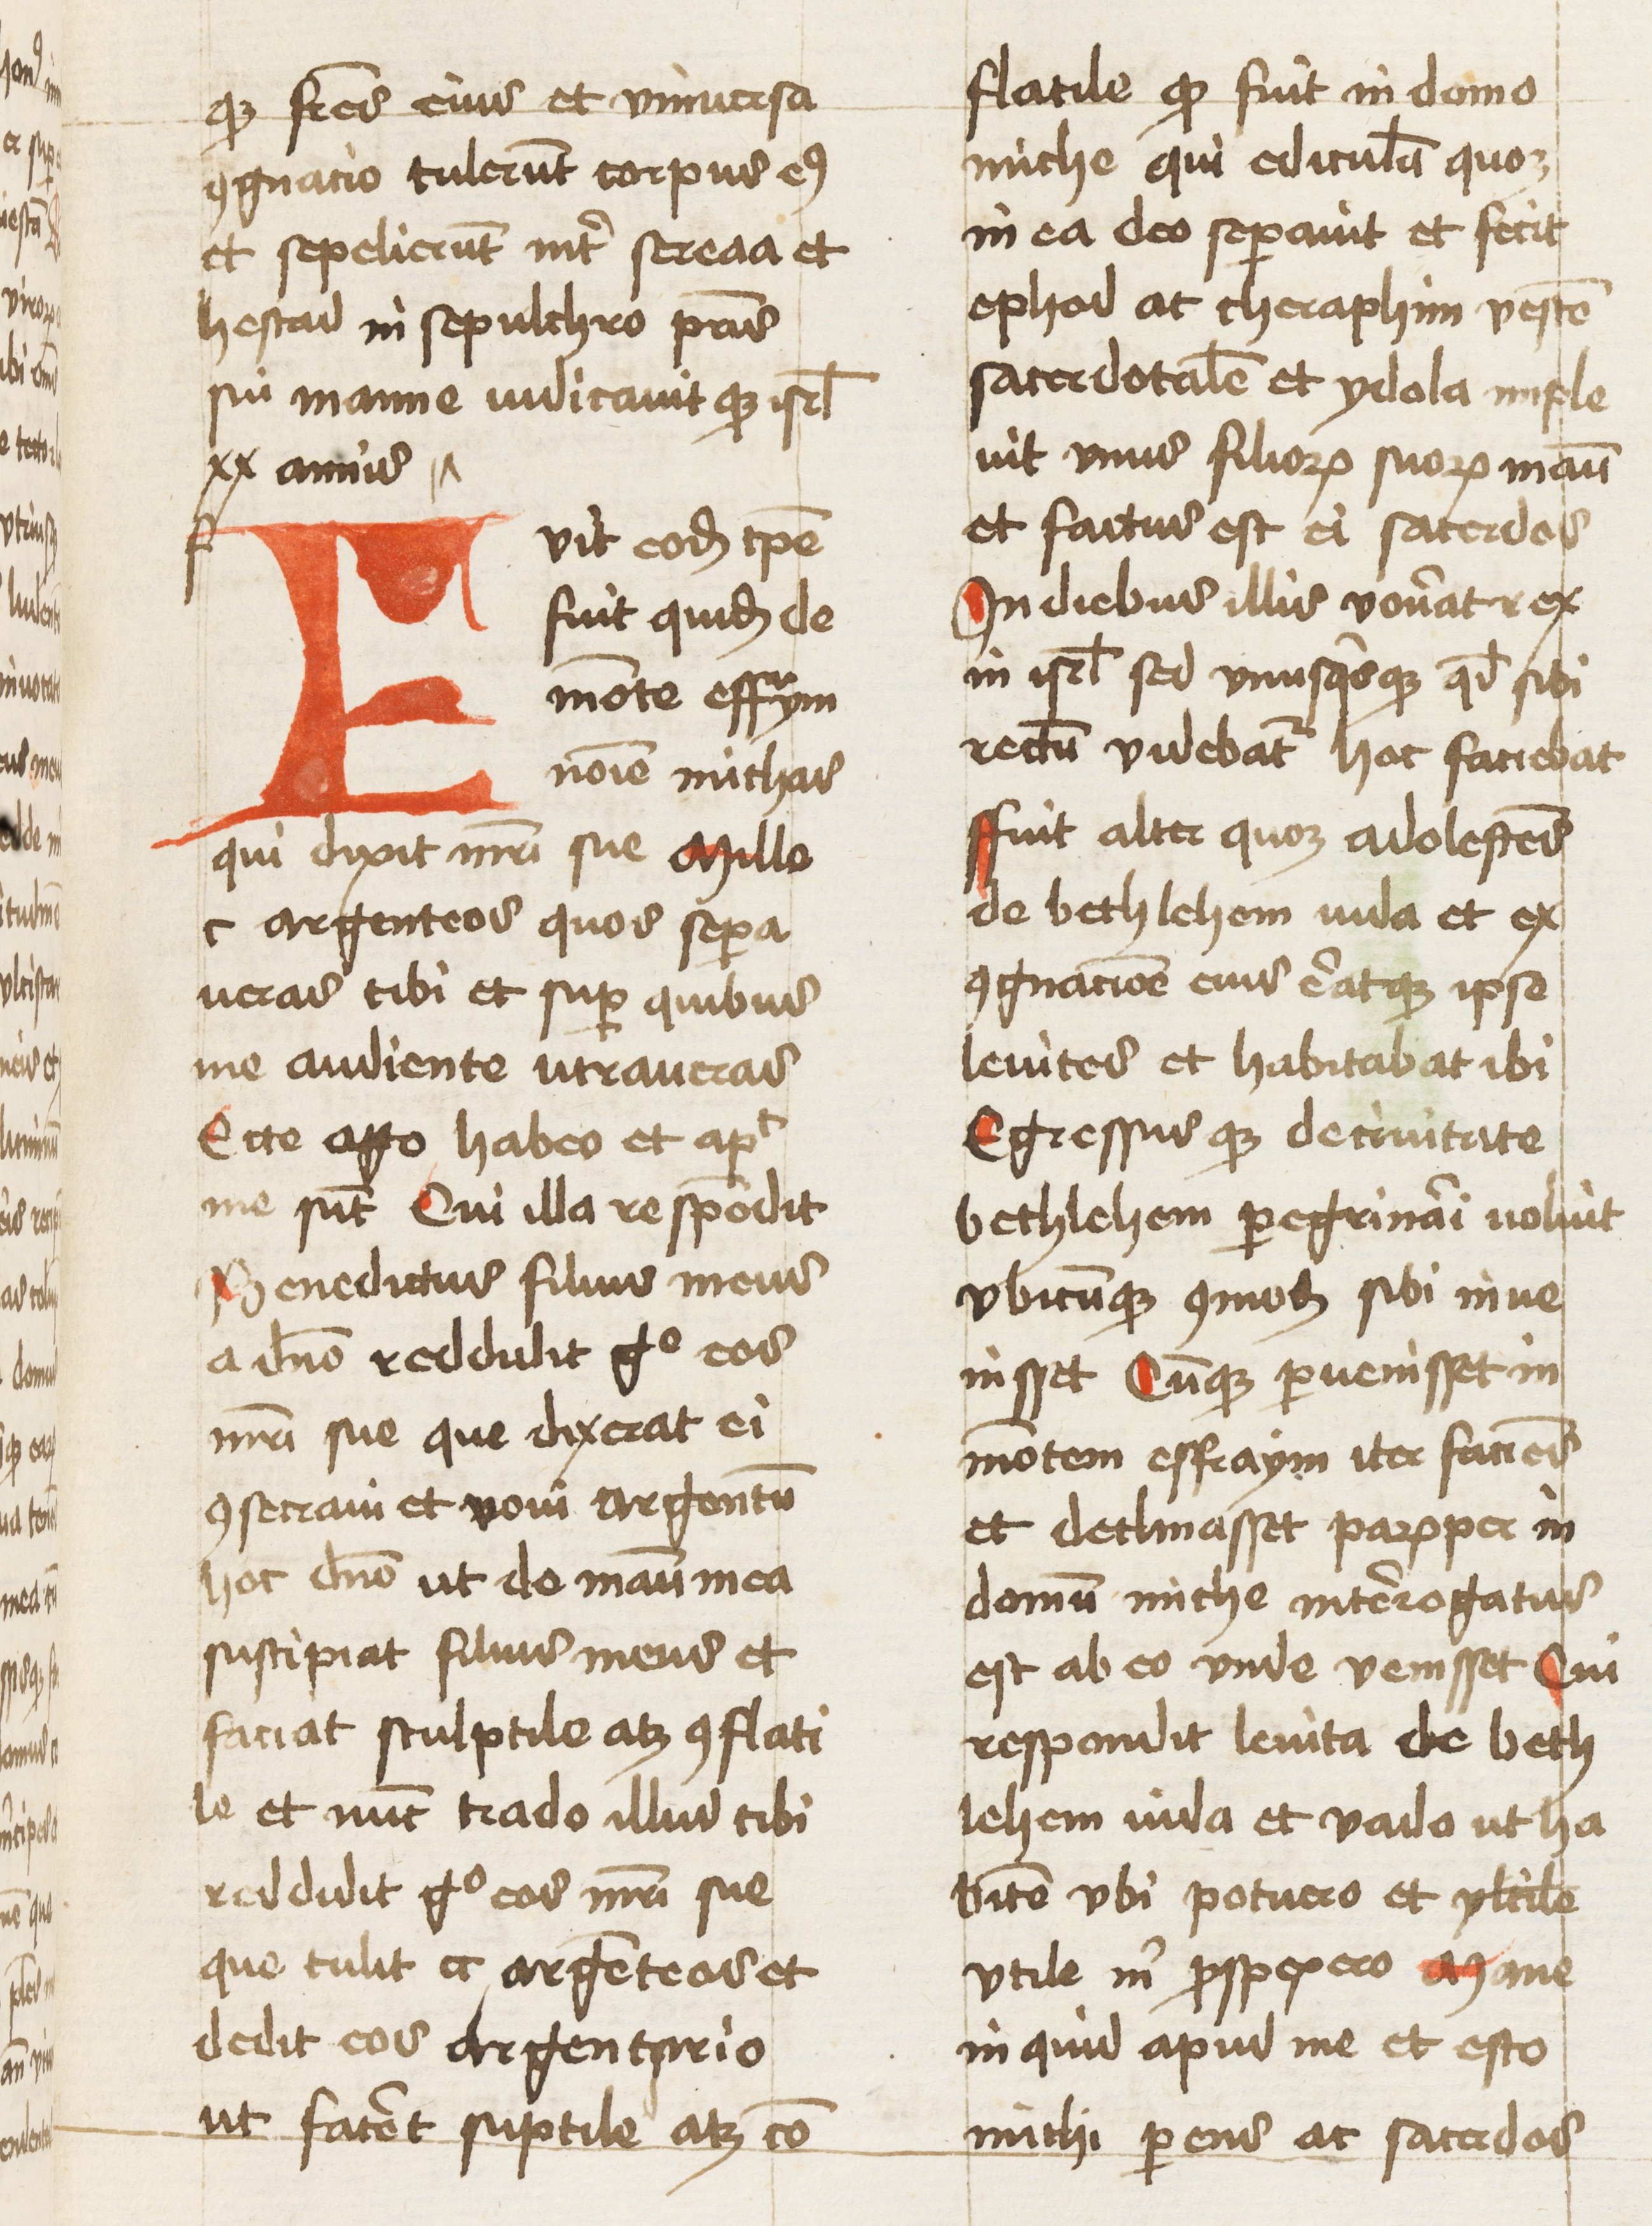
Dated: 1461–1461